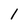
Character: l